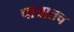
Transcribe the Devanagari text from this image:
पात्रातच